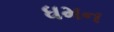
ધમન